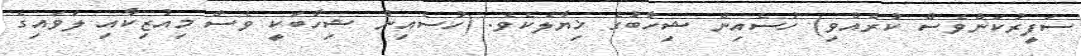
ސަފީރުކަންވެސް ކުރެއްވި) ހުސެއިން ޝިހާބުގެ ޚިޔާލެކެވެ. (ހުސެއިން ޝިހާބަކީ ވެސް މިއުޒިކާއި ލަވައިގެ